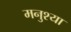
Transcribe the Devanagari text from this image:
मनुश्या